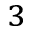
^ 3